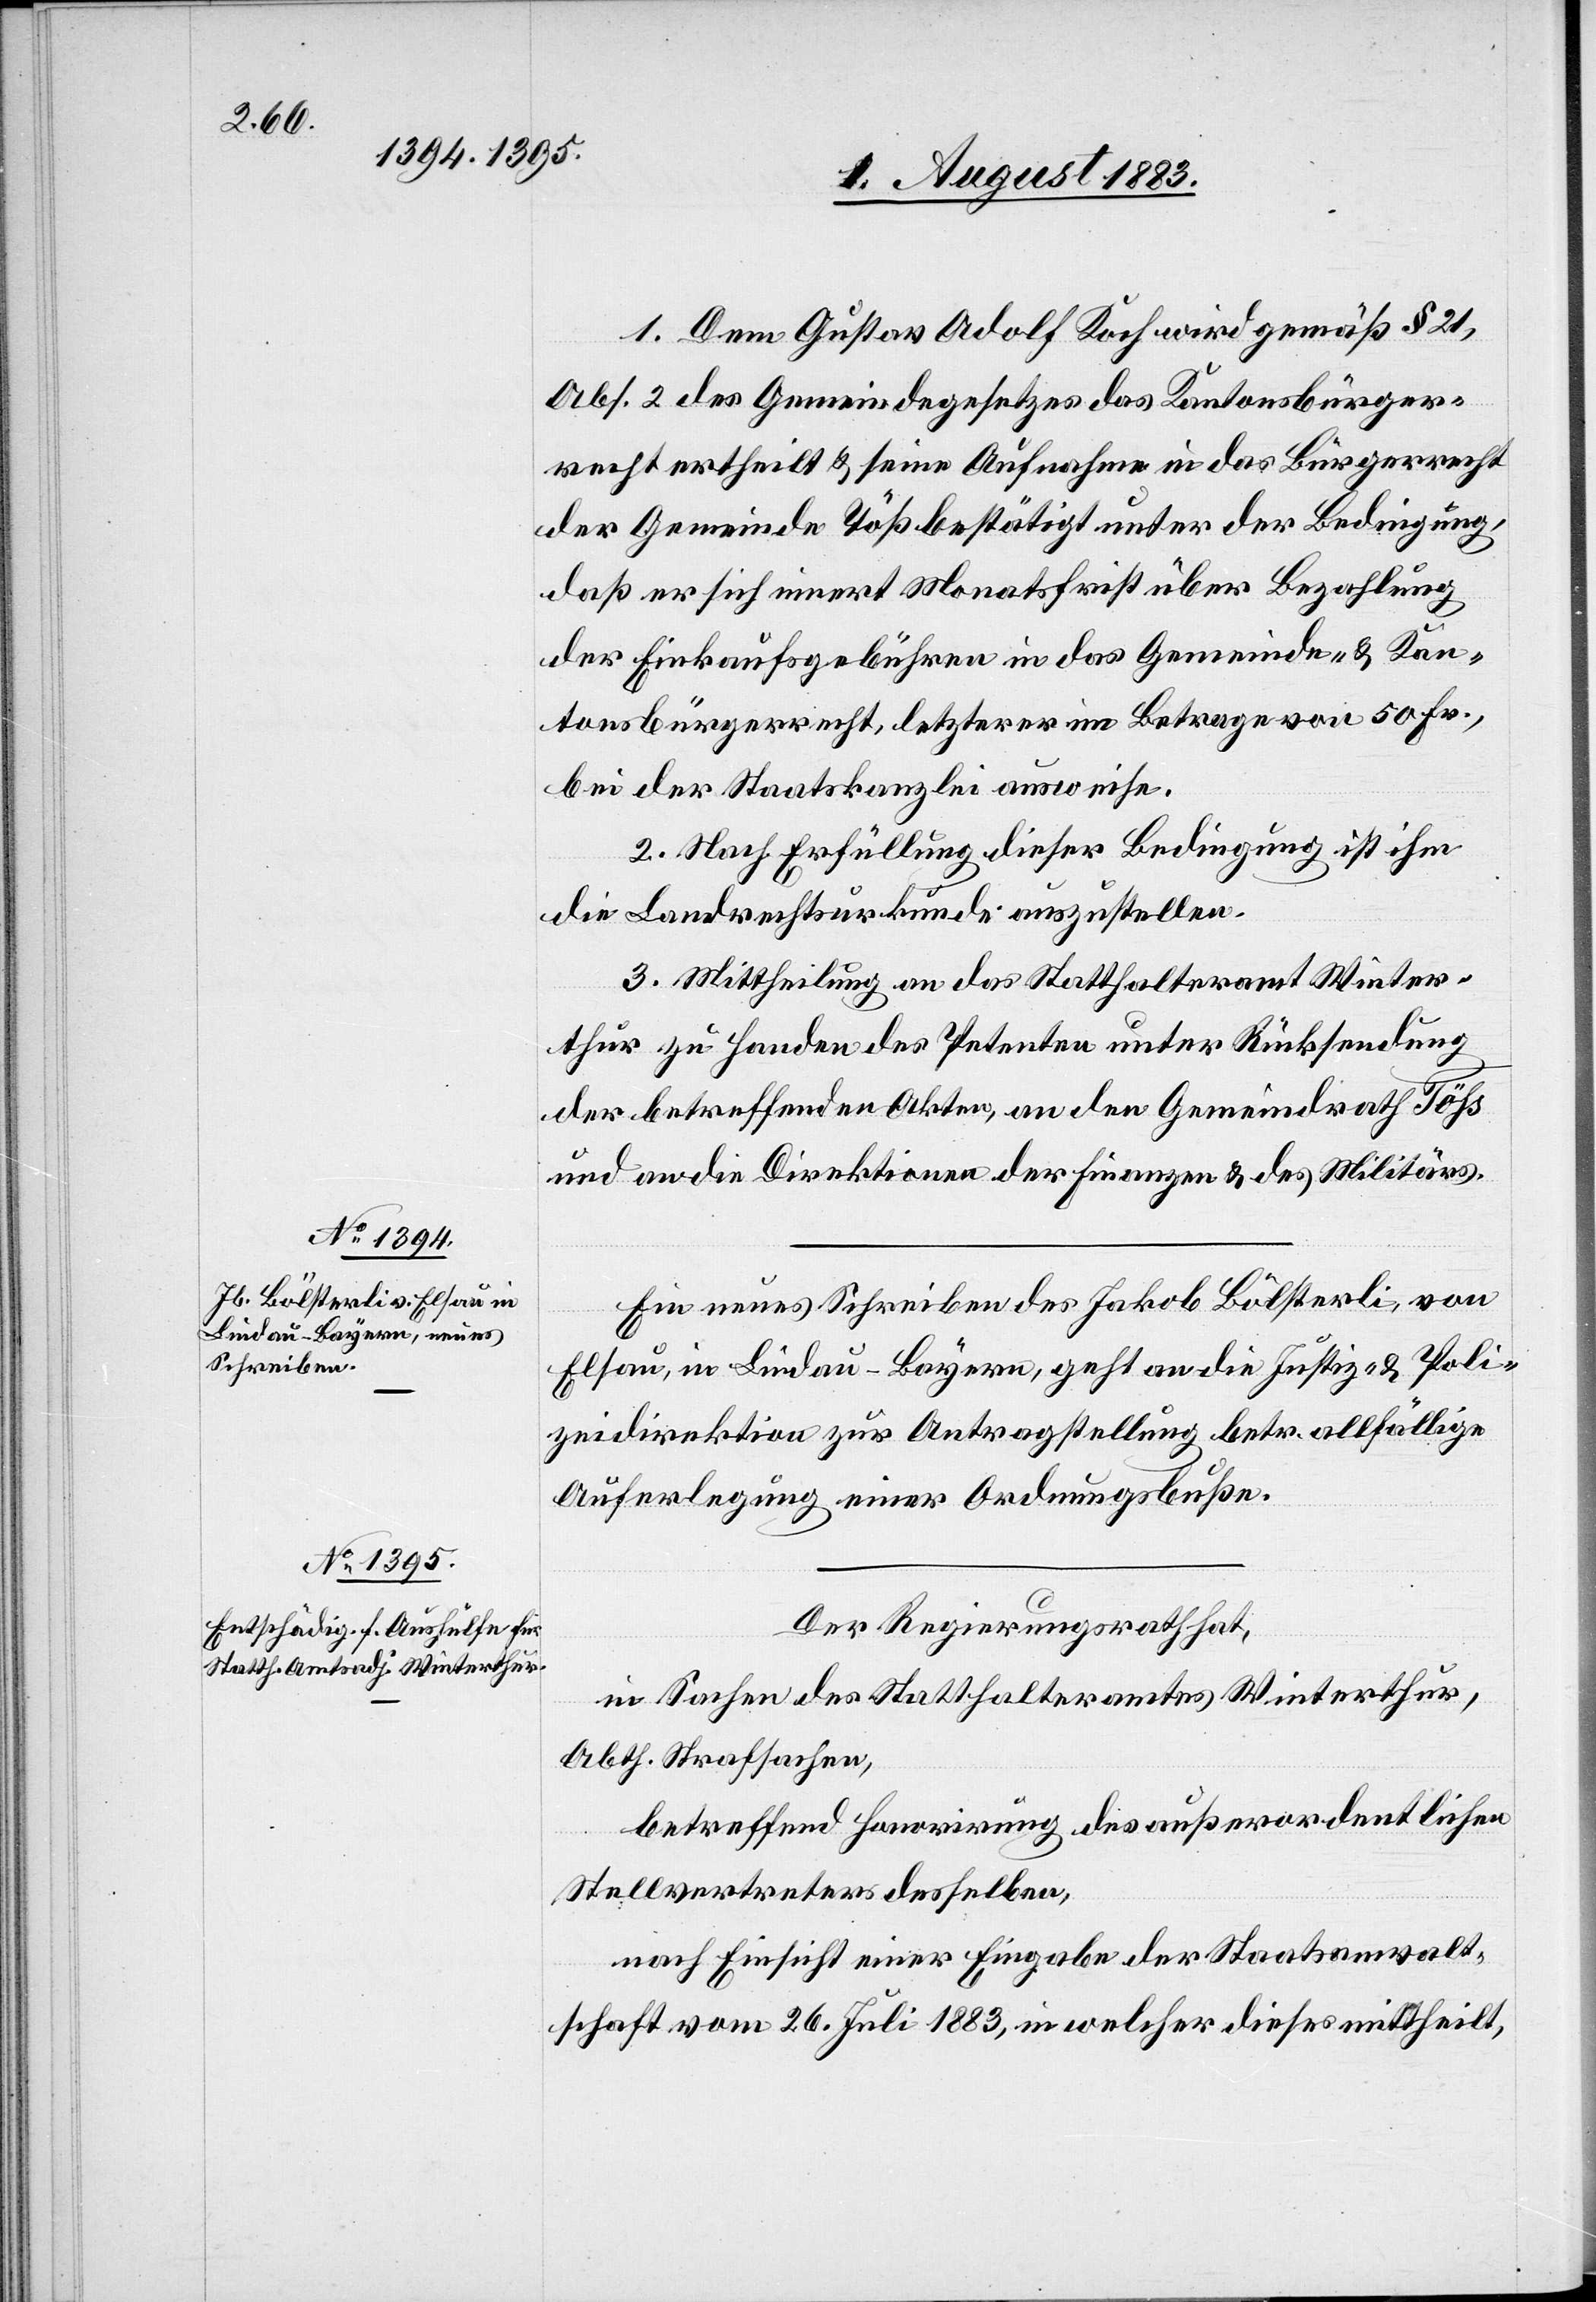
1. Dem Gustav Adolf Koch wird gemäß § 21,
Abs. 2 des Gemeindegesetzes das Kantonsbürger¬
recht ertheilt & seine Aufnahme in das Bürgerrecht
der Gemeinde Töß bestätigt unter der Bedingung,
daß er sich innert Monatsfrist über Bezahlung
der Einkaufsgebühren in das Gemeinde- & Kan¬
tonsbürgerrecht, letzterer im Betrage von 50 Fr.,
bei der Staatskanzlei ausweise.
2. Nach Erfüllung dieser Bedingung ist ihm
die Landrechtsurkunde auszustellen.
3. Mittheilung an das Statthalteramt Winter¬
thur zu Handen des Petenten unter Rücksendung
der betreffenden Akten, an den Gemeindrath Töß
und an die Direktionen der Finanzen & des Militärs.
Ein neues Schreiben des Jakob Bölsterli, von
Elsau in Lindau - Bayern, geht an die Justiz- & Poli¬
zeidirektion zur Antragstellung betr. allfällige
Auferlegung einer Ordnungsbuße.
Der Regierungsrath hat,
in Sachen des Statthalteramtes Winterthur,
Abth. Strafsachen,
betreffend Honorirung des außerordentlichen
Stellvertreters desselben,
nach Einsicht einer Eingabe der Staatsanwalt¬
schaft vom 26. Juli 1883, in welcher dieses [sic!] mittheilt,